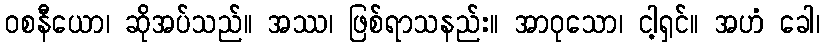
ဝစနီယော၊ ဆိုအပ်သည်။ အဿ၊ ဖြစ်ရာသနည်း။ အာဝုသော၊ ငါ့ရှင်။ အဟံ ခေါ၊